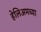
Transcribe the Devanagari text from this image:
हेलिअमच्या